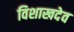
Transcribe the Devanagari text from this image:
विशाखदेव